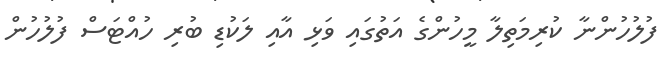
ފުލުހުންނާ ކުރިމަތިލާ މީހުންގެ އަތުގައި ވަޅި އާއި ލަކުޑި ބުރި ހުއްޓަސް ފުލުހުން